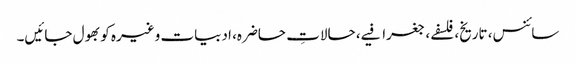
سائنس، تاریخ، فلسفے، جغرافیے، حالاتِ حاضرہ، ادبیات وغیرہ کو بھول جائیں۔